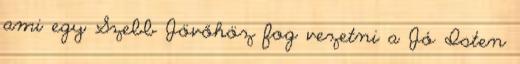
ami egy Szebb Jövőhöz fog vezetni a Jó Isten